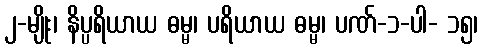
၂-မျိုး၊ နိပ္ပရိယာယ ဓမ္မ၊ ပရိယာယ ဓမ္မ၊ ပဏ်-၁-ပါ- ၁၅၊